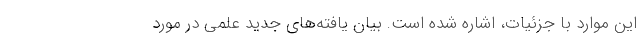
این موارد با جزئیات، اشاره شده است. بیان یافته‌های جدید علمی در مورد